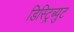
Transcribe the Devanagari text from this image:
डिस्ट्रिब्युट